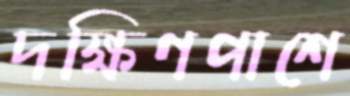
দক্ষিণপাশে